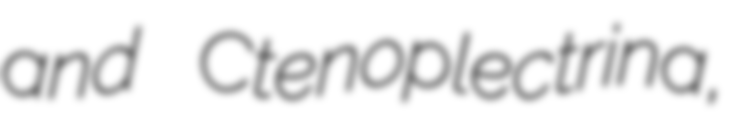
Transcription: and Ctenoplectrina,